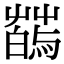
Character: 𦺂